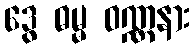
ဒွေ ဓမ္မ ဝဏ္ဏနား